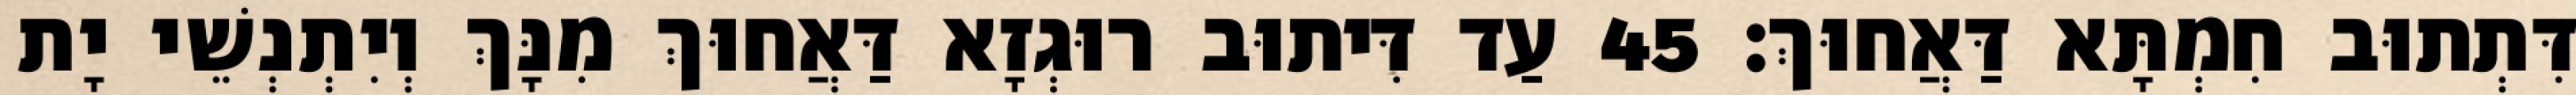
דִּתְתוּב חִמְתָּא דַּאֲחוּךְ׃ 45 עַד דִּיתוּב רוּגְזָא דַּאֲחוּךְ מִנָּךְ וְיִתְנְשֵׁי יָת